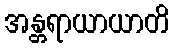
အန္တရာယာယာတိ